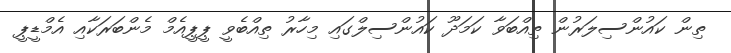
ތިން ކައުންސިލަރުން ތިއްބަވާ ކަމަދޫ ކައުންސިލްގައި މިހާރު ތިއްބެވީ ޕީޕީއެމް މެންބަރަކާއި އެމްޑީޕީ